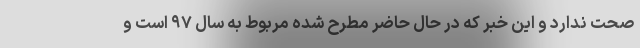
صحت ندارد و این خبر که در حال حاضر مطرح شده مربوط به سال ۹۷ است و